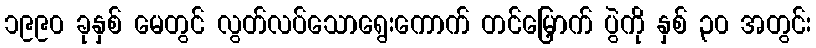
၁၉၉၀ ခုနှစ် မေတွင် လွတ်လပ်သောရွေးကောက် တင်မြှောက် ပွဲကို နှစ် ၃၀ အတွင်း